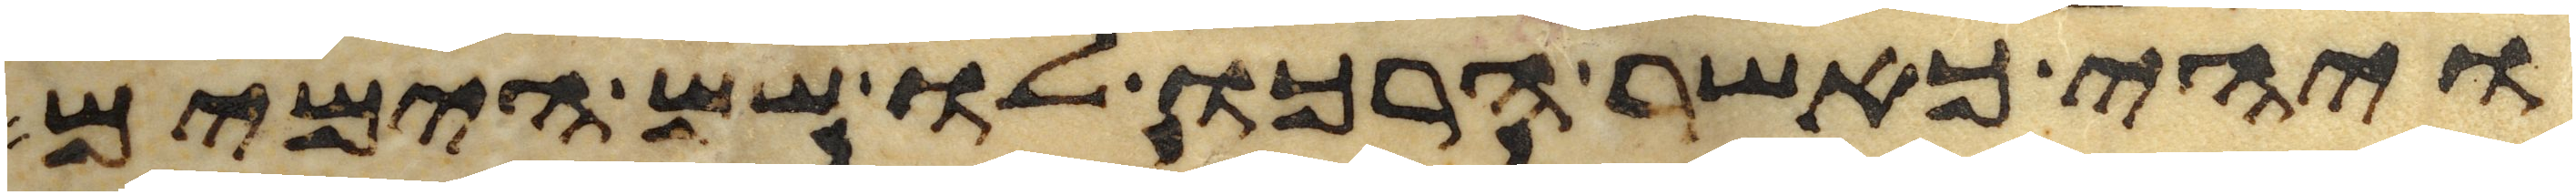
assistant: ויהי כאשר הרכו לו שם הימים